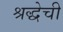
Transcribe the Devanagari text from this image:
श्रद्धेची